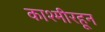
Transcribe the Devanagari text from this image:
काश्मीरहून